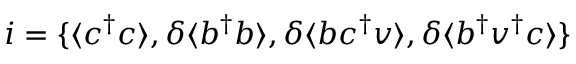
\boldsymbol { i } = \{ \langle c ^ { \dagger } c \rangle , \delta \langle b ^ { \dagger } b \rangle , \delta \langle b c ^ { \dagger } v \rangle , \delta \langle b ^ { \dagger } v ^ { \dagger } c \rangle \}